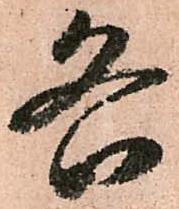
各